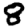
Digit: 8